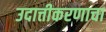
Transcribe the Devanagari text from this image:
उदात्तीकरणाचा